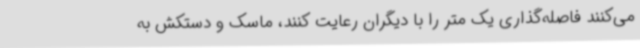
می‌کنند فاصله‌گذاری یک متر را با دیگران رعایت کنند، ماسک و دستکش به